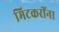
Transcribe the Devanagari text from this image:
मिटकरींना